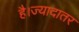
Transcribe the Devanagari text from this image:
है।ज्यादातर